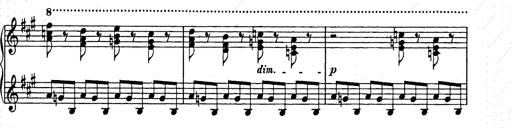
Title: Weihnachtsbaum
Composer: Franz Liszt